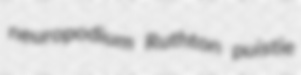
neuropodium Ruthton puistie